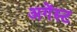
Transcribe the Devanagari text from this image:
अगेंस्‍ट